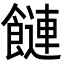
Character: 𩞙